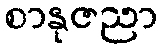
စာနုဇညာ